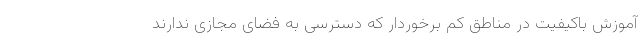
آموزش باکیفیت در مناطق کم برخوردار که دسترسی به فضای مجازی ندارند